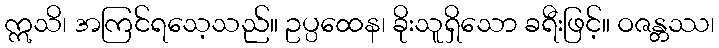
ဣသိ၊ အကြင်ရသေ့သည်။ ဥပ္ပထေန၊ ခိုးသူရှိသော ခရီးဖြင့်။ ဝဇန္တဿ၊